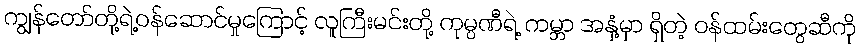
ကျွန်တော်တို့ရဲ့ဝန်ဆောင်မှုကြောင့် လူကြီးမင်းတို့ ကုမ္ပဏီရဲ့ ကမ္ဘာ အနှံ့မှာ ရှိတဲ့ ဝန်ထမ်းတွေဆီကို